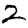
Digit: 2